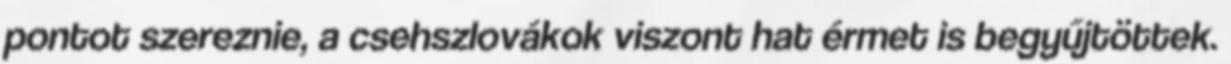
pontot szereznie, a csehszlovákok viszont hat érmet is begyűjtöttek.